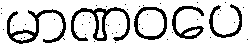
မာဏဝပေ